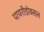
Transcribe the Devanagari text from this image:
पायरीडोक्सल